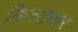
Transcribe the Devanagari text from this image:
किश्टवार